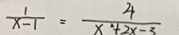
\frac { 1 } { x - 1 } = \frac { 4 } { x ^ { 2 } + 2 x - 3 }